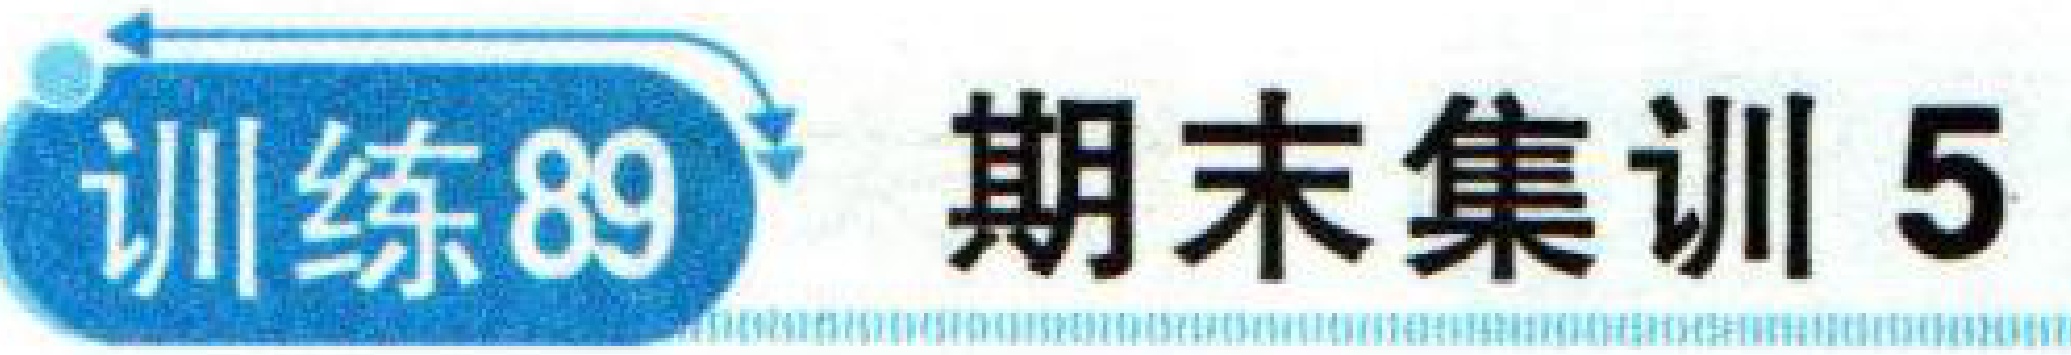
训练89 期末集训 5